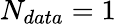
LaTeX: N_{data}=1